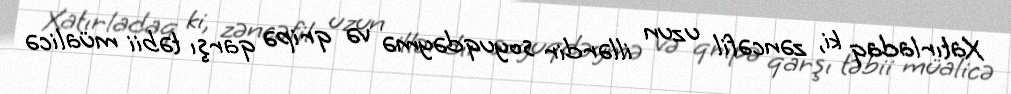
Xatırladaq ki, zəncəfil uzun illərdir soyuqdəymə və qripə qarşı təbii müalicə